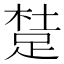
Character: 𨁥